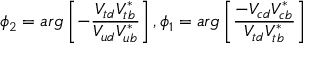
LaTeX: \phi _ { 2 } = a r g \left[ - \frac { V _ { t d } V _ { t b } ^ { \ast } } { V _ { u d } V _ { u b } ^ { \ast } } \right] , \phi _ { 1 } = a r g \left[ \frac { - V _ { c d } V _ { c b } ^ { \ast } } { V _ { t d } V _ { t b } ^ { \ast } } \right]